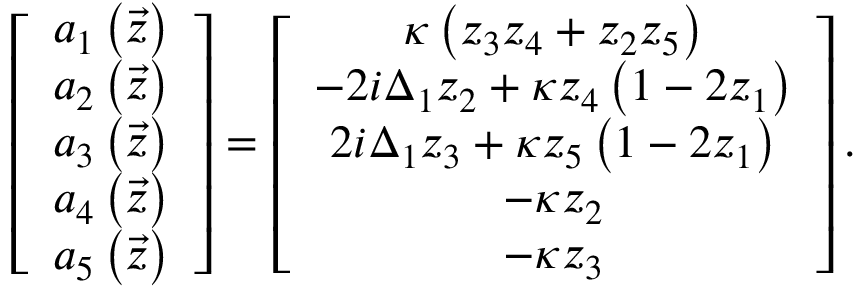
\left[ \begin{array} { c } { a _ { 1 } \left( \vec { z } \right) } \\ { a _ { 2 } \left( \vec { z } \right) } \\ { a _ { 3 } \left( \vec { z } \right) } \\ { a _ { 4 } \left( \vec { z } \right) } \\ { a _ { 5 } \left( \vec { z } \right) } \end{array} \right] = \left[ \begin{array} { c } { \kappa \left( z _ { 3 } z _ { 4 } + z _ { 2 } z _ { 5 } \right) } \\ { - 2 i \Delta _ { 1 } z _ { 2 } + \kappa z _ { 4 } \left( 1 - 2 z _ { 1 } \right) } \\ { 2 i \Delta _ { 1 } z _ { 3 } + \kappa z _ { 5 } \left( 1 - 2 z _ { 1 } \right) } \\ { - \kappa z _ { 2 } } \\ { - \kappa z _ { 3 } } \end{array} \right] .